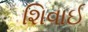
શિવાઈ